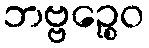
ဘဗ္ဗဉ္စေဝ